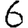
Digit: 6